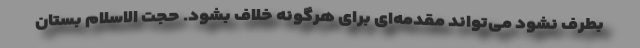
بطرف نشود می‌تواند مقدمه‌ای برای هرگونه خلاف بشود. حجت الاسلام بستان